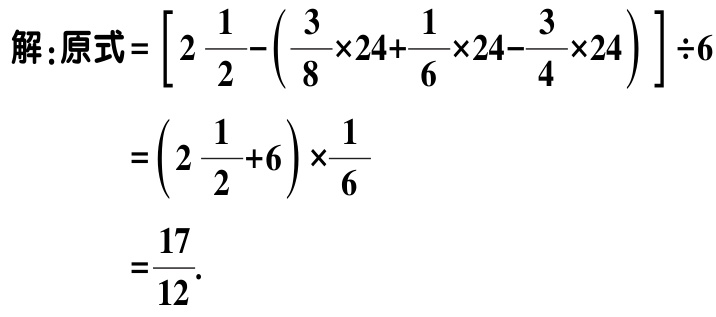
解：原式\(=\left[2\frac{1}{2}-\left(\frac{3}{8}\times24+\frac{1}{6}\times24-\frac{3}{4}\times24\right)\right]\div6\)

\(=\left(2\frac{1}{2}+6\right)\times\frac{1}{6}\)

\(=\frac{17}{12}\).